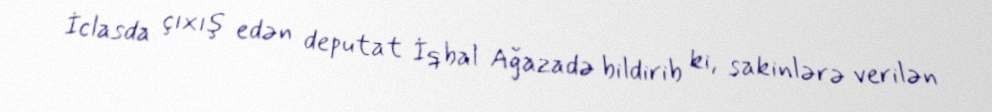
İclasda çıxış edən deputat İqbal Ağazadə bildirib ki, sakinlərə verilən